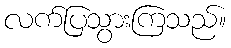
လက်ပြသွားကြသည်။